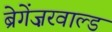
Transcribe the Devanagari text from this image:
ब्रेगेंज़रवाल्ड